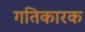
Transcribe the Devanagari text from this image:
गतिकारक